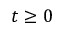
t \geq 0